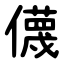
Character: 㒝